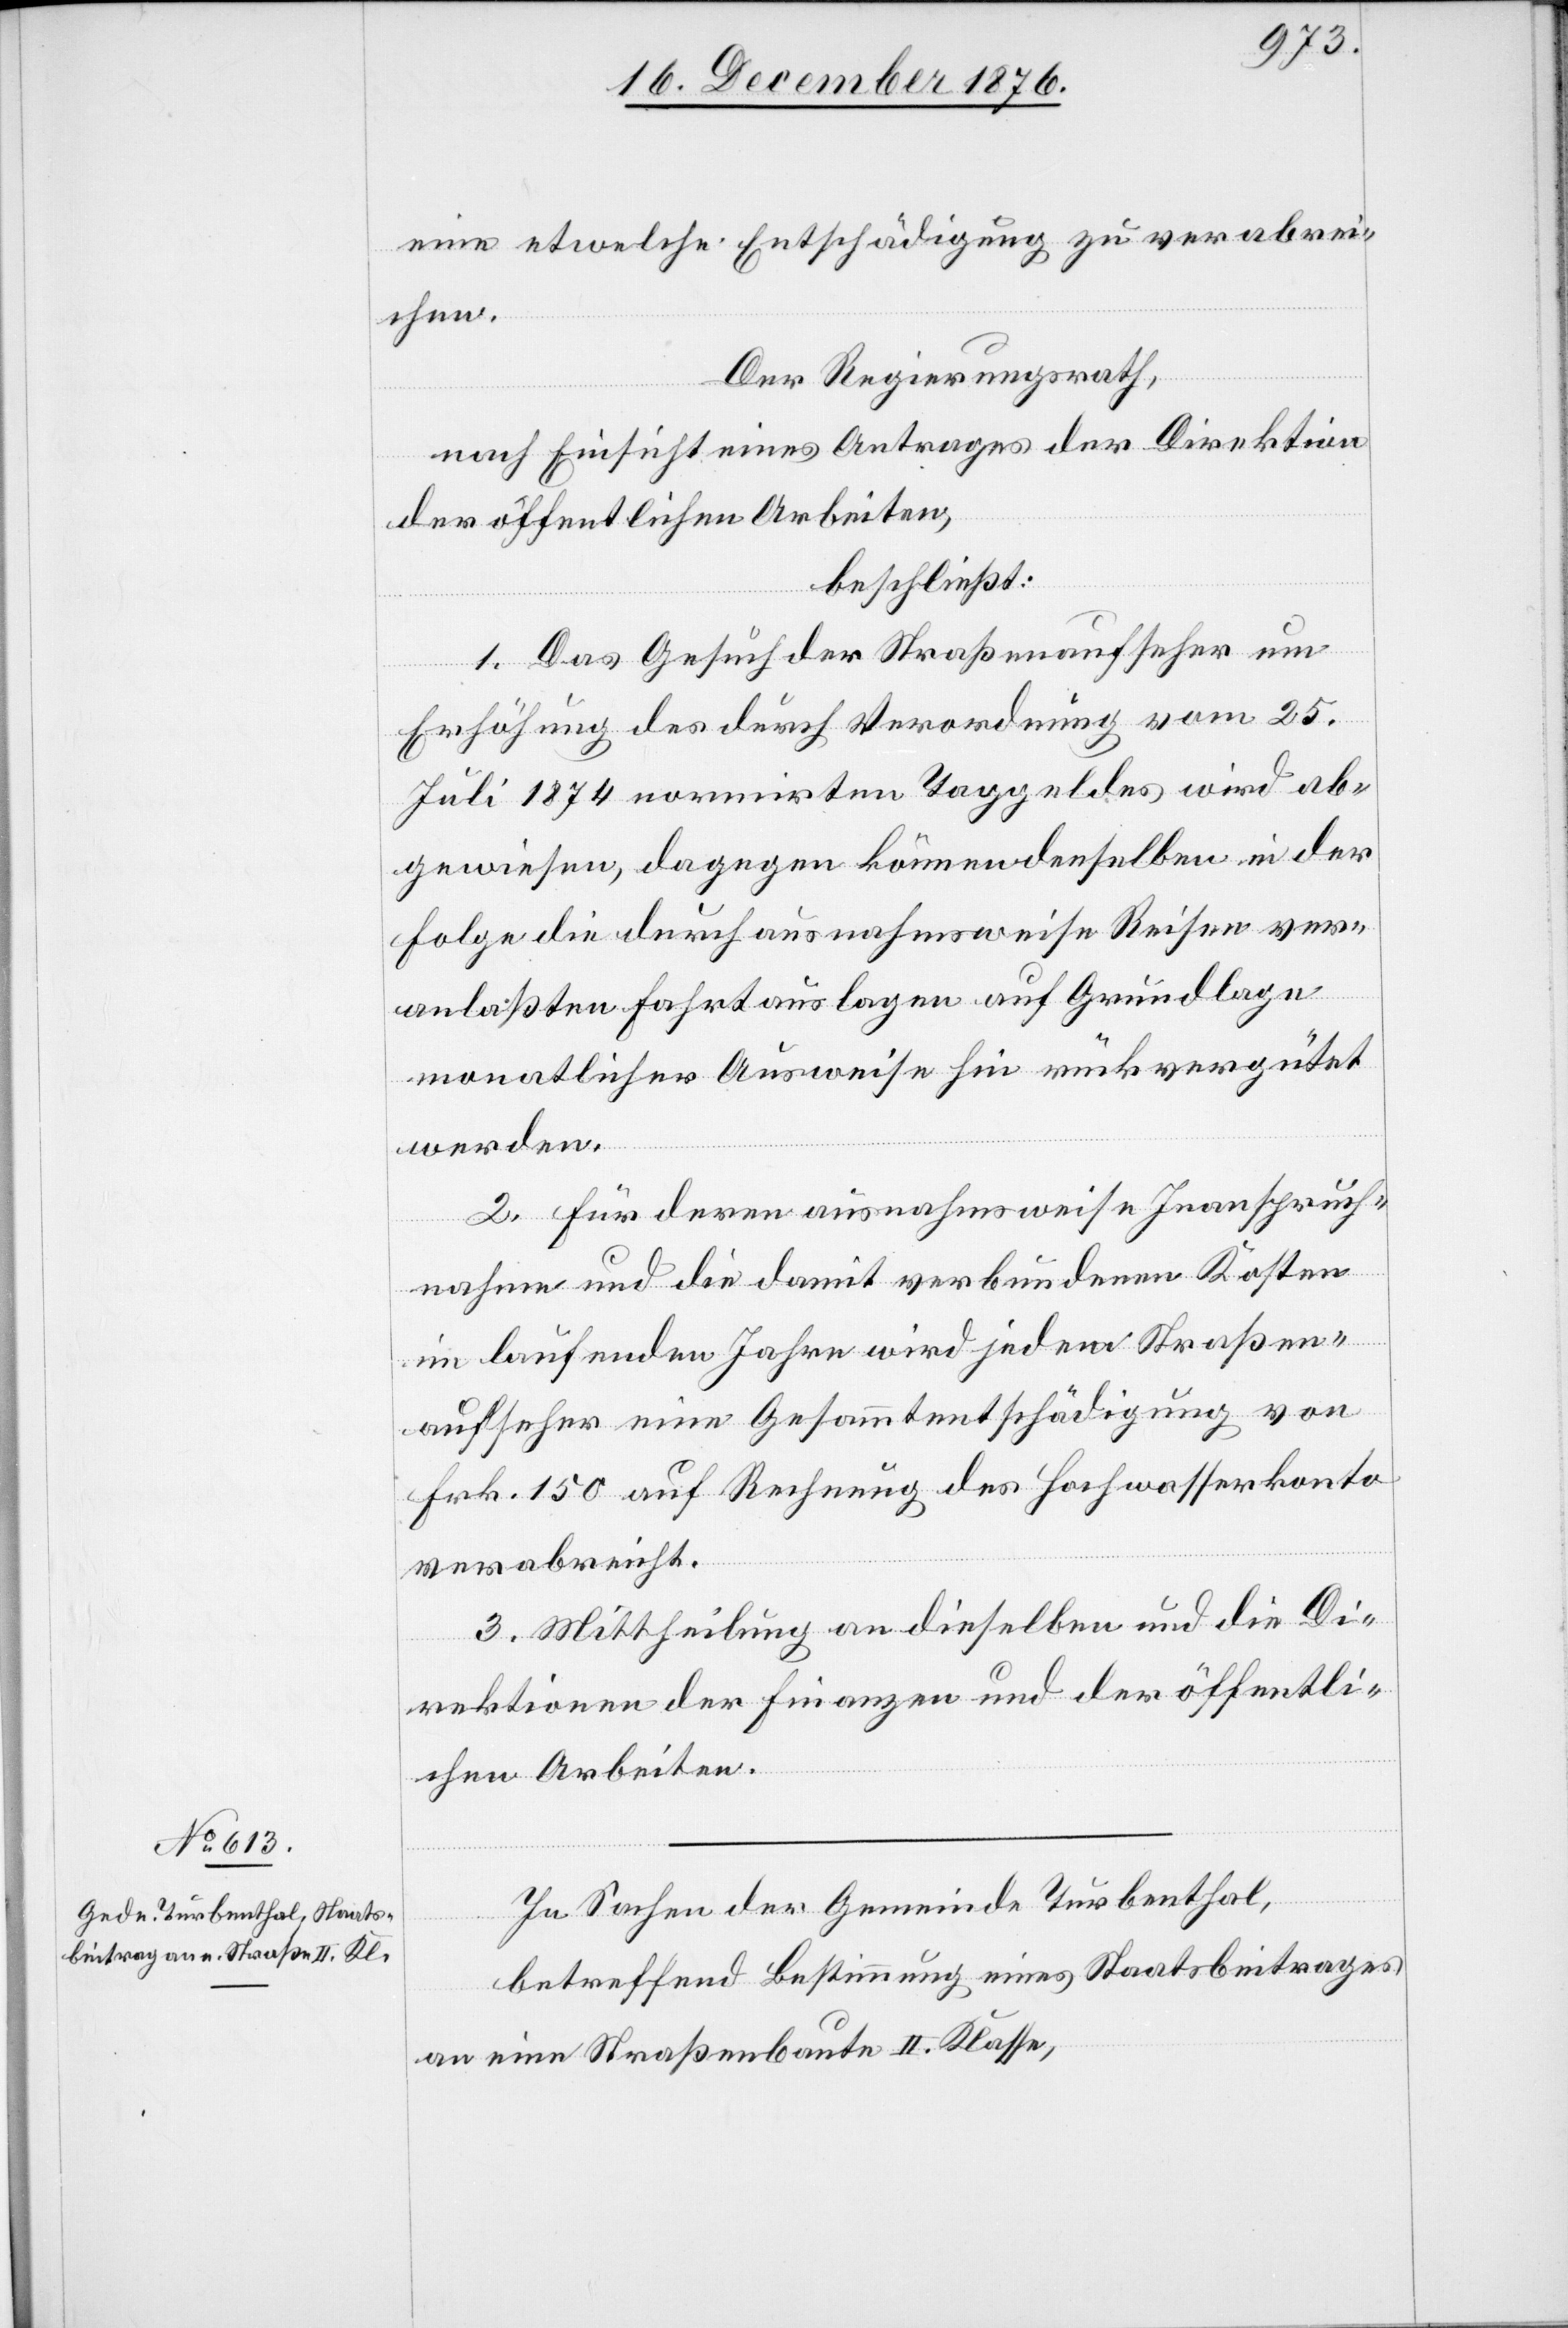
eine etwelche Entschädigung zu verabrei¬
chen.
Der Regierungsrath,
nach Einsicht eines Antrages der Direktion
der öffentlichen Arbeiten,
beschließt:
1. Das Gesuch der Straßenaufseher um
Erhöhung des durch Verordnung vom 25.
Juli 1874 normirten Taggeldes wird ab¬
gewiesen, dagegen können denselben in der
Folge die durch ausnahmsweise Reisen ver¬
anlaßten Fahrtauslagen auf Grundlage
monatlicher Ausweise hin rückvergütet
werden.
2. Für deren ausnahmsweise Inanspruch¬
nahme und die damit verbundenen Kosten
im laufenden Jahre wird jedem Straßen¬
aufseher eine Gesammtentschädigung von
Frk. 150 auf Rechnung des Hochwasserkonto
verabreicht.
3. Mittheilung an dieselben und an die Di¬
rektionen der Finanzen und der öffentli¬
chen Arbeiten.
In Sachen der Gemeinde Turbenthal,
betreffend Bestimmung eines Staatsbeitrages
an eine Straßenbaute II. Klasse,